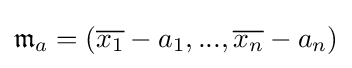
{\mathfrak {m}}_{a}=({\overline {x_{1}}}-a_{1},...,{\overline {x_{n}}}-a_{n})